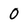
Character: 0